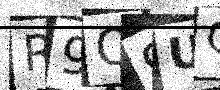
Text: R9Q9UG